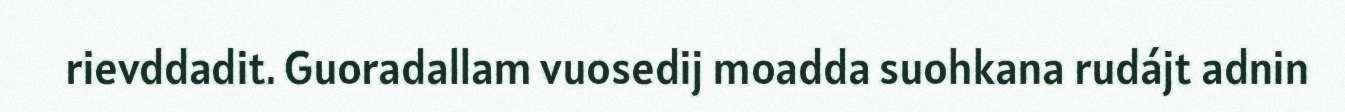
rievddadit. Guoradallam vuosedij moadda suohkana rudájt adnin